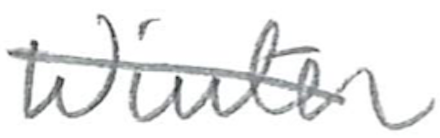
Text: Winter
Cross-out: diagonal
Writing tool: pencil